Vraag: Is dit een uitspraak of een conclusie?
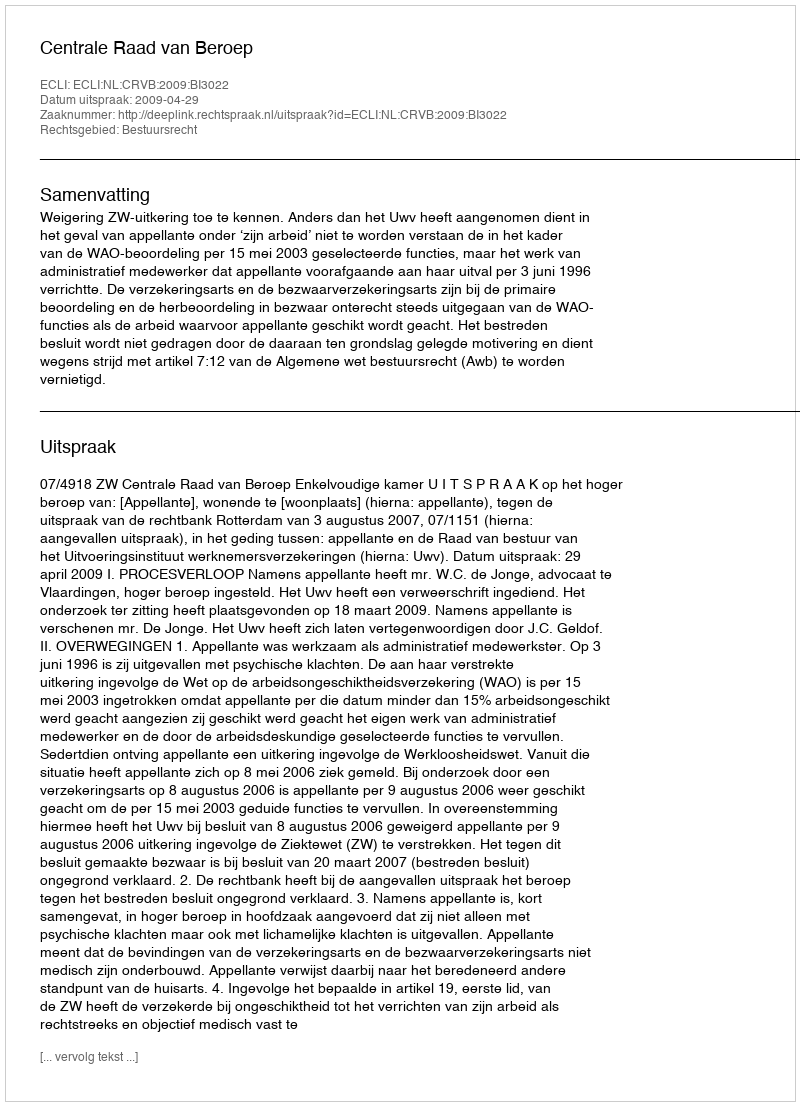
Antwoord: Uitspraak